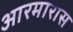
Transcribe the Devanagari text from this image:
आरमारास